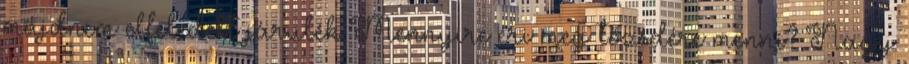
majdnem elfeledett járulék Mennyire éri meg tőzsdére menni? Nagy